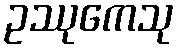
ဥဿုကေသု